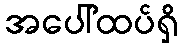
အပေါ်ထပ်ရှိ